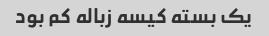
یک بسته کیسه زباله کم بود